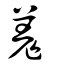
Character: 羗